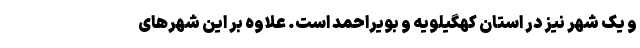
و یک شهر نیز در استان کهگیلویه و بویراحمد است. علاوه بر این شهرهای